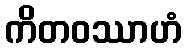
ကိတဝဿာဟံ